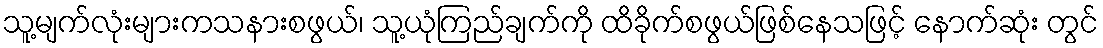
သူ့မျက်လုံးများကသနားစဖွယ်၊ သူ့ယုံကြည်ချက်ကို ထိခိုက်စဖွယ်ဖြစ်နေသဖြင့် နောက်ဆုံး တွင်